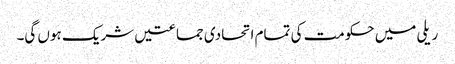
ریلی میں حکومت کی تمام اتحادی جماعتیں شریک ہوں گی۔